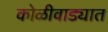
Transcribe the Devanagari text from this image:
कोळीवाड्यात